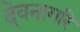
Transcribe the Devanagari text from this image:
देवनागरि